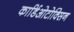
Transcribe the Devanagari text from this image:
कार्डिओटोक्सिन